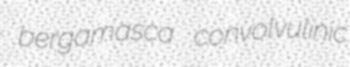
bergamasca convolvulinic